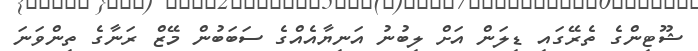
ޝޫޓިންގެ ތެރޭގައި ޑިލަން އަށް ލިބުނު އަނިޔާއެއްގެ ސަބަބުން މޭޒް ރަނާގެ ތިންވަނަ